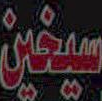
بيغين